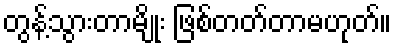
တွန့်သွားတာမျိုး ဖြစ်တတ်တာမဟုတ်။